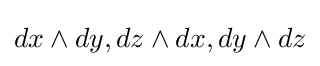
dx\wedge dy,dz\wedge dx,dy\wedge dz